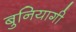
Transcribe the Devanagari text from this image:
बुनियागी